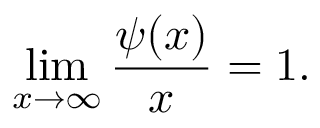
\operatorname* { l i m } _ { x \to \infty } { \frac { \psi ( x ) } { x } } = 1 .